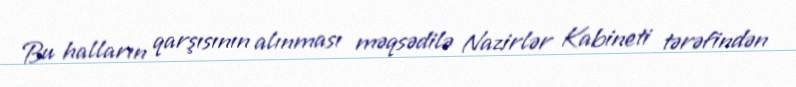
Bu halların qarşısının alınması məqsədilə Nazirlər Kabineti tərəfindən